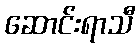
ဆောင်းရာသီ